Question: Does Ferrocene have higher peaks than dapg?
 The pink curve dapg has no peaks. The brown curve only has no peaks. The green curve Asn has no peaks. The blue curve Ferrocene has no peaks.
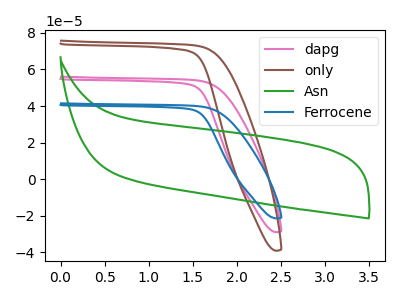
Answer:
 <answer>Niether CV has any peaks.</answer>
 <eval>blanks</eval>